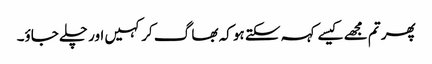
پھر تم مجھے کیسے کہہ سکتے ہو کہ بھا گ کر کہیں اور چلے جاؤ۔